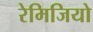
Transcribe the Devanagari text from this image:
रेमिजियो